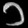
Digit: ၁